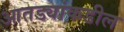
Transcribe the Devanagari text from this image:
आतड्यांकडील